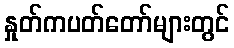
နှုတ်ကပတ်တော်များတွင်